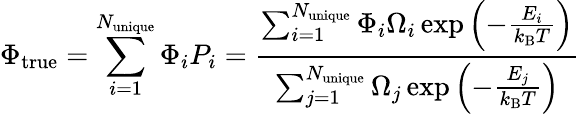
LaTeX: \Phi_{\mathrm{true}}=\sum_{i=1}^{N_{\mathrm{unique}}}\Phi_{i}P_{i}=\frac{\sum_{i=1}^{N_{\mathrm{unique}}}\Phi_{i}\Omega_{i}\exp{\left(-\frac{E_{i}}{k_{\mathrm{B}}T}\right)}}{\sum_{j=1}^{N_{\mathrm{unique}}}\Omega_{j}\exp{\left(-\frac{E_{j}}{k_{\mathrm{B}}T}\right)}}